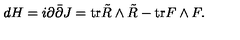
d H = i \partial \bar { \partial } J = \mathrm { t r } \tilde { R } \wedge \tilde { R } - \mathrm { t r } F \wedge F .